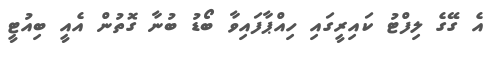
އެ ގޭގެ ލިފްޓު ކައިރީގައި ހިއްޕާފައިވާ ބޯޑު ބުނާ ގޮތުން އެއީ ބިއުޓީ